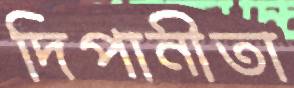
দিপানীতা